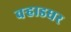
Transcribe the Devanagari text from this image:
वर्‍हाडघर